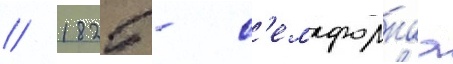
// 1825 - с'емафорнаа